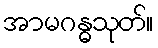
အာမဂန္ဓသုတ်။